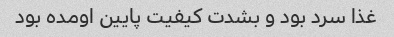
غذا سرد بود و بشدت کیفیت پایین اومده بود